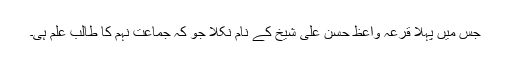
جس میں پہلا قرعہ واعظ حسن علی شیخ کے نام نکلا جو کہ جماعت نہم کا طالب علم ہی۔